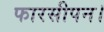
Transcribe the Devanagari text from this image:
फारसीपन।